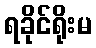
ရခိုင်ရိုးမ